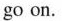
go on.